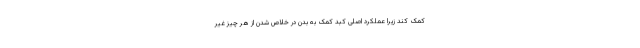
کمک کند زیرا عملکرد اصلی کبد کمک به بدن در خلاص شدن از هر چیز غیر